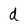
Character: d